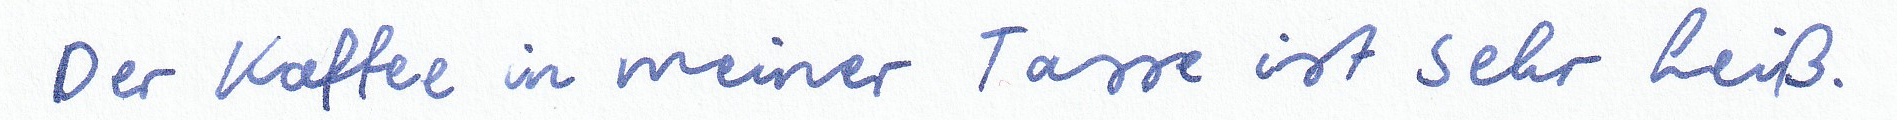
Der Kaffee in meiner Tasse ist sehr heiß.